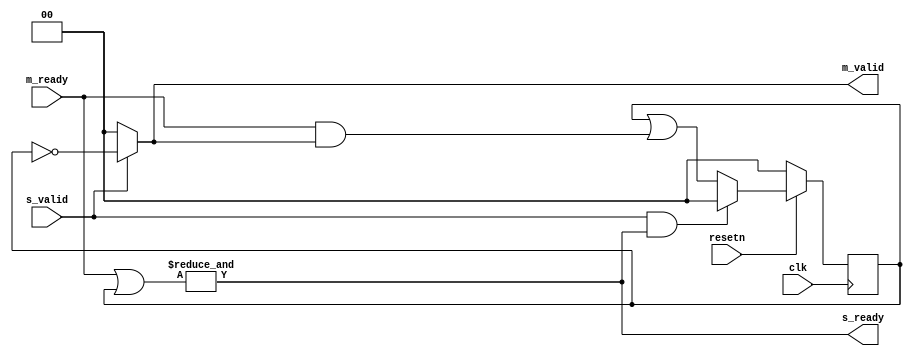
// ***************************************************************************
// ***************************************************************************
// Copyright 2014 - 2017 (c) Analog Devices, Inc. All rights reserved.
//
// In this HDL repository, there are many different and unique modules, consisting
// of various HDL (Verilog or VHDL) components. The individual modules are
// developed independently, and may be accompanied by separate and unique license
// terms.
//
// The user should read each of these license terms, and understand the
// freedoms and responsibilities that he or she has by using this source/core.
//
// This core is distributed in the hope that it will be useful, but WITHOUT ANY
// WARRANTY; without even the implied warranty of MERCHANTABILITY or FITNESS FOR
// A PARTICULAR PURPOSE.
//
// Redistribution and use of source or resulting binaries, with or without modification
// of this file, are permitted under one of the following two license terms:
//
//   1. The GNU General Public License version 2 as published by the
//      Free Software Foundation, which can be found in the top level directory
//      of this repository (LICENSE_GPL2), and also online at:
//      <https://www.gnu.org/licenses/old-licenses/gpl-2.0.html>
//
// OR
//
//   2. An ADI specific BSD license, which can be found in the top level directory
//      of this repository (LICENSE_ADIBSD), and also on-line at:
//      https://github.com/analogdevicesinc/hdl/blob/master/LICENSE_ADIBSD
//      This will allow to generate bit files and not release the source code,
//      as long as it attaches to an ADI device.
//
// ***************************************************************************
// ***************************************************************************

`timescale 1ns/100ps

module splitter #(

  parameter NUM_M = 2)(

  input clk,
  input resetn,

  input s_valid,
  output s_ready,

  output [NUM_M-1:0] m_valid,
  input [NUM_M-1:0] m_ready
);

reg [NUM_M-1:0] acked;

assign s_ready = &(m_ready | acked);
assign m_valid = s_valid ? ~acked : {NUM_M{1'b0}};

always @(posedge clk)
begin
  if (resetn == 1'b0) begin
    acked <= {NUM_M{1'b0}};
  end else begin
    if (s_valid & s_ready)
      acked <= {NUM_M{1'b0}};
    else
      acked <= acked | (m_ready & m_valid);
  end
end

endmodule